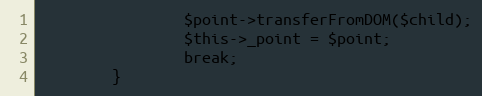
Language: PHP
                $point->transferFromDOM($child);
                $this->_point = $point;
                break;
        }